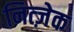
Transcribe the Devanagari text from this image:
नित्ज़ेक